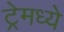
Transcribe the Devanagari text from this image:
ट्रेमध्ये